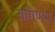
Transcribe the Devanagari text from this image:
रागिण्या